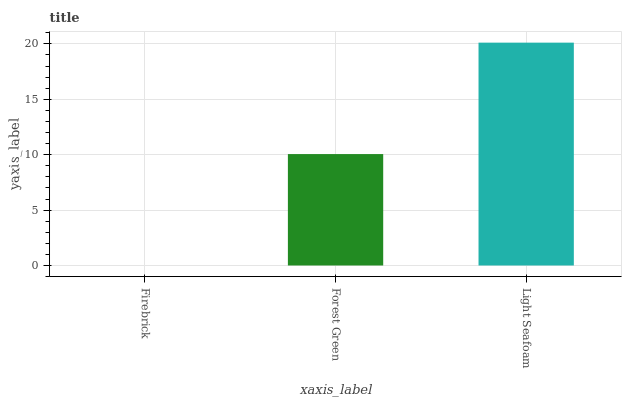
| xaxis_label | bars |
 | --- | --- |
 | Firebrick | 0 |
 | Forest Green | 10.1 |
 | Light Seafoam | 20.1 |